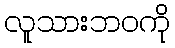
လူသားဘဝကို